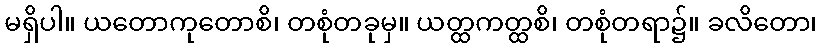
မရှိပါ။ ယတောကုတောစိ၊ တစုံတခုမှ။ ယတ္ထကတ္ထစိ၊ တစုံတရာ၌။ ခလိတော၊